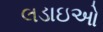
લડાઇઓ